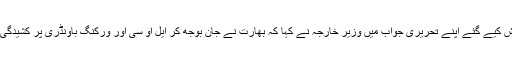
سینیٹ میں پیش کیے گئے اپنے تحریری جواب میں وزیر خارجہ نے کہا کہ بھارت نے جان بوجھ کر ایل او سی اور ورکنگ باونڈری پر کشیدگی بڑھا دی ہے۔